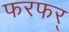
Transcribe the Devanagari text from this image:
फरफर्